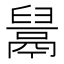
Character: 𱆎